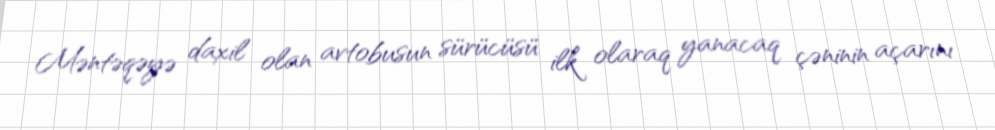
Məntəqəyə daxil olan avtobusun sürücüsü ilk olaraq yanacaq çəninin açarını